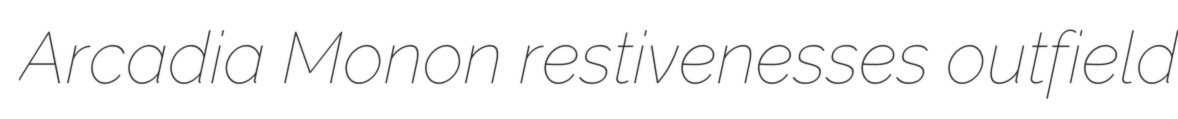
Arcadia Monon restivenesses outfield